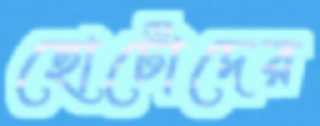
ছোটোদের